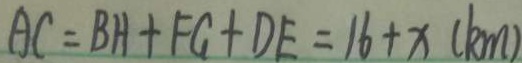
A C = B H + F G + D E = 1 6 + x ( k m )